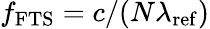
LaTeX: f_{\mathrm{FTS}}=c/(N\lambda_{\mathrm{ref}})